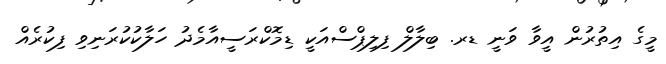
މީގެ އިތުރުން އީވާ ވަނީ ޑރ. ބިލާލް ފިލިޕްސްއަކީ ޑިމޮކްރަސީއާމެދު ހަލާކުކުރަނިވި ފިކުރެއް